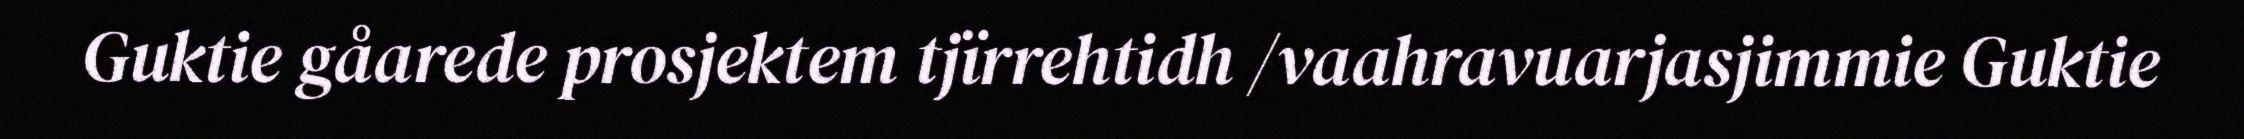
Guktie gåarede prosjektem tjïrrehtidh /vaahravuarjasjimmie Guktie